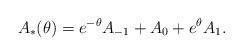
LaTeX: \begin{align*}A_*(\theta) = e^{-\theta} A_{-1} + A_0 + e^{\theta} A_1.\end{align*}